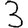
Digit: 3